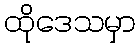
ထိုဒေသမှာ